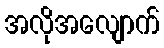
အလိုအလျောက်